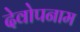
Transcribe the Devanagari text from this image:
देवोपनाम